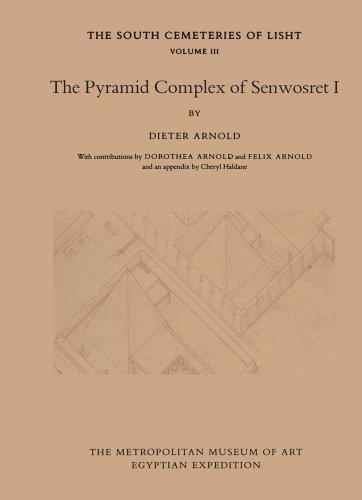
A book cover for The Pyramid Complex of Senwosret I (Publications of the Metropolitan Museum of Art Egyptian Expedition: the South Cemeteries of Lisht, Volume 3); Dieter Arnold; Arts & Photography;